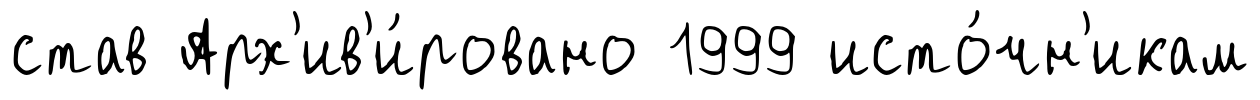
став Арх'ив'и́ровано 1999 исто́чн'икам